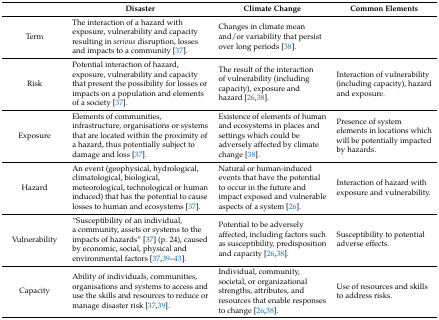
<table><thead><tr><td></td><td><b>Disaster</b></td><td><b>Climate Change</b></td><td><b>Common Elements</b></td></tr></thead><tbody><tr><td>Term</td><td>The interaction of a hazard with exposure, vulnerability and capacity resulting in <i>serious</i> disruption, losses and impacts to a community [37].</td><td>Changes in climate mean and/or variability that persist over long periods [38].</td><td></td></tr><tr><td>Risk</td><td>Potential interaction of hazard, exposure, vulnerability and capacity that present the possibility for losses or impacts on a population and elements of a society [37].</td><td>The result of the interaction of vulnerability (including capacity), exposure and hazard [26,38].</td><td>Interaction of vulnerability (including capacity), hazard and exposure.</td></tr><tr><td>Exposure</td><td>Elements of communities, infrastructure, organisations or systems that are located within the proximity of a hazard, thus potentially subject to damage and loss [37].</td><td>Existence of elements of human and ecosystems in places and settings which could be adversely affected by climate change [38].</td><td>Presence of system elements in locations which will be potentially impacted by hazards.</td></tr><tr><td>Hazard</td><td>An event (geophysical, hydrological, climatological, biological, meteorological, technological or human induced) that has the potential to cause losses to human and ecosystems [37].</td><td>Natural or human-induced events that have the potential to occur in the future and impact exposed and vulnerable aspects of a system [26].</td><td>Interaction of hazard with exposure and vulnerability.</td></tr><tr><td>Vulnerability</td><td>“Susceptibility of an individual, a community, assets or systems to the impacts of hazards” [37] (p. 24), caused by economic, social, physical and environmental factors [37,39,40,41,42,43].</td><td>Potential to be adversely affected, including factors such as susceptibility, predisposition and capacity [26,38].</td><td>Susceptibility to potential adverse effects.</td></tr><tr><td>Capacity</td><td>Ability of individuals, communities, organisations and systems to access and use the skills and resources to reduce or manage disaster risk [37,39].</td><td>Individual, community, societal, or organizational strengths, attributes, and resources that enable responses to change [26,38].</td><td>Use of resources and skills to address risks.</td></tr></tbody></table>